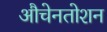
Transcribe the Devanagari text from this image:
औचेनतोशन